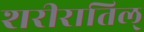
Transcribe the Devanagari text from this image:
शरीरातिल्